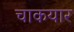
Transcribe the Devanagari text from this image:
चाकयार